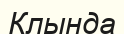
Клында